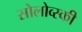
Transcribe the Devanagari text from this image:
सोलोव्स्की